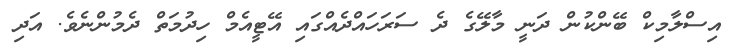
އިސްލާމިކް ބޭންކުން ދަނީ މާލޭގެ ދެ ސަރަހައްދެއްގައި އޭޓީއެމް ހިދުމަތް ދެމުންނެވެ. އަދި